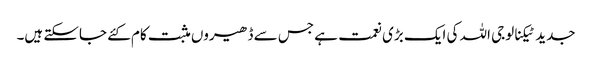
جدید ٹیکنالوجی اللہ کی ایک بڑی نعمت ہے جس سے ڈھیروں مثبت کام کئے جاسکتے ہیں۔